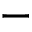
-